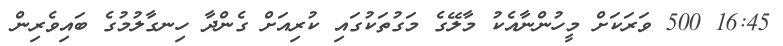
16:45 500 ވަރަކަށް މީހުންނާއެކު މާލޭގެ މަގުތަކުގައި ކުރިއަށް ގެންދާ ހިނގާލުމުގެ ބައިވެރިން